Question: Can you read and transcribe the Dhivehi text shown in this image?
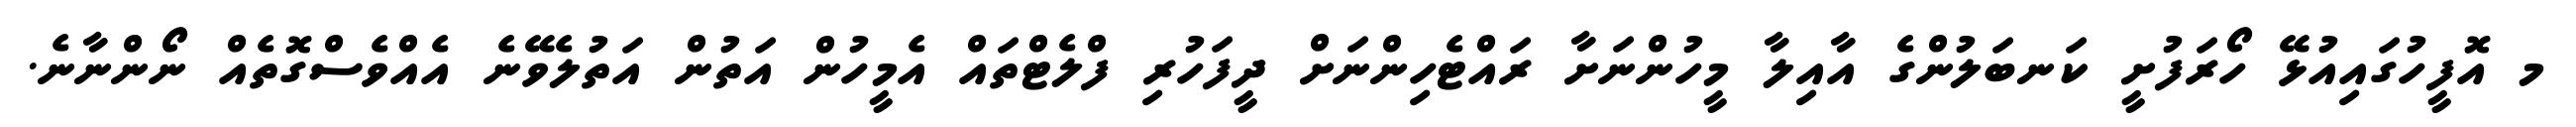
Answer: މ އޮފީހުގައިއުޅޭ ހޯރަފުށީ ކަނބަލުންގެ އާއިލާ މީހުންނަށާ ރައްޓެހިންނަށް ދީފަހުރި ފްލެޓްތައް އެމީހުން އަތުން އަތުލެވޭނެ އެއްވެސްގޮތެއް ނޯންނާނެ.